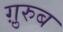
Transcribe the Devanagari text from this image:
ग़़ुरुब